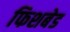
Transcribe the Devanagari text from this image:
फिशबेड